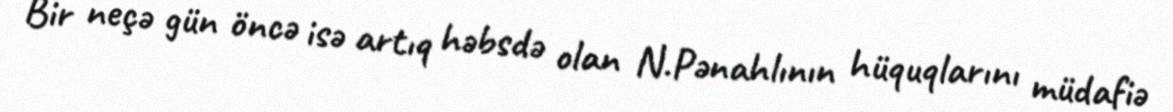
Bir neçə gün öncə isə artıq həbsdə olan N.Pənahlının hüquqlarını müdafiə